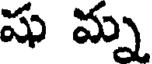
షు మ్న